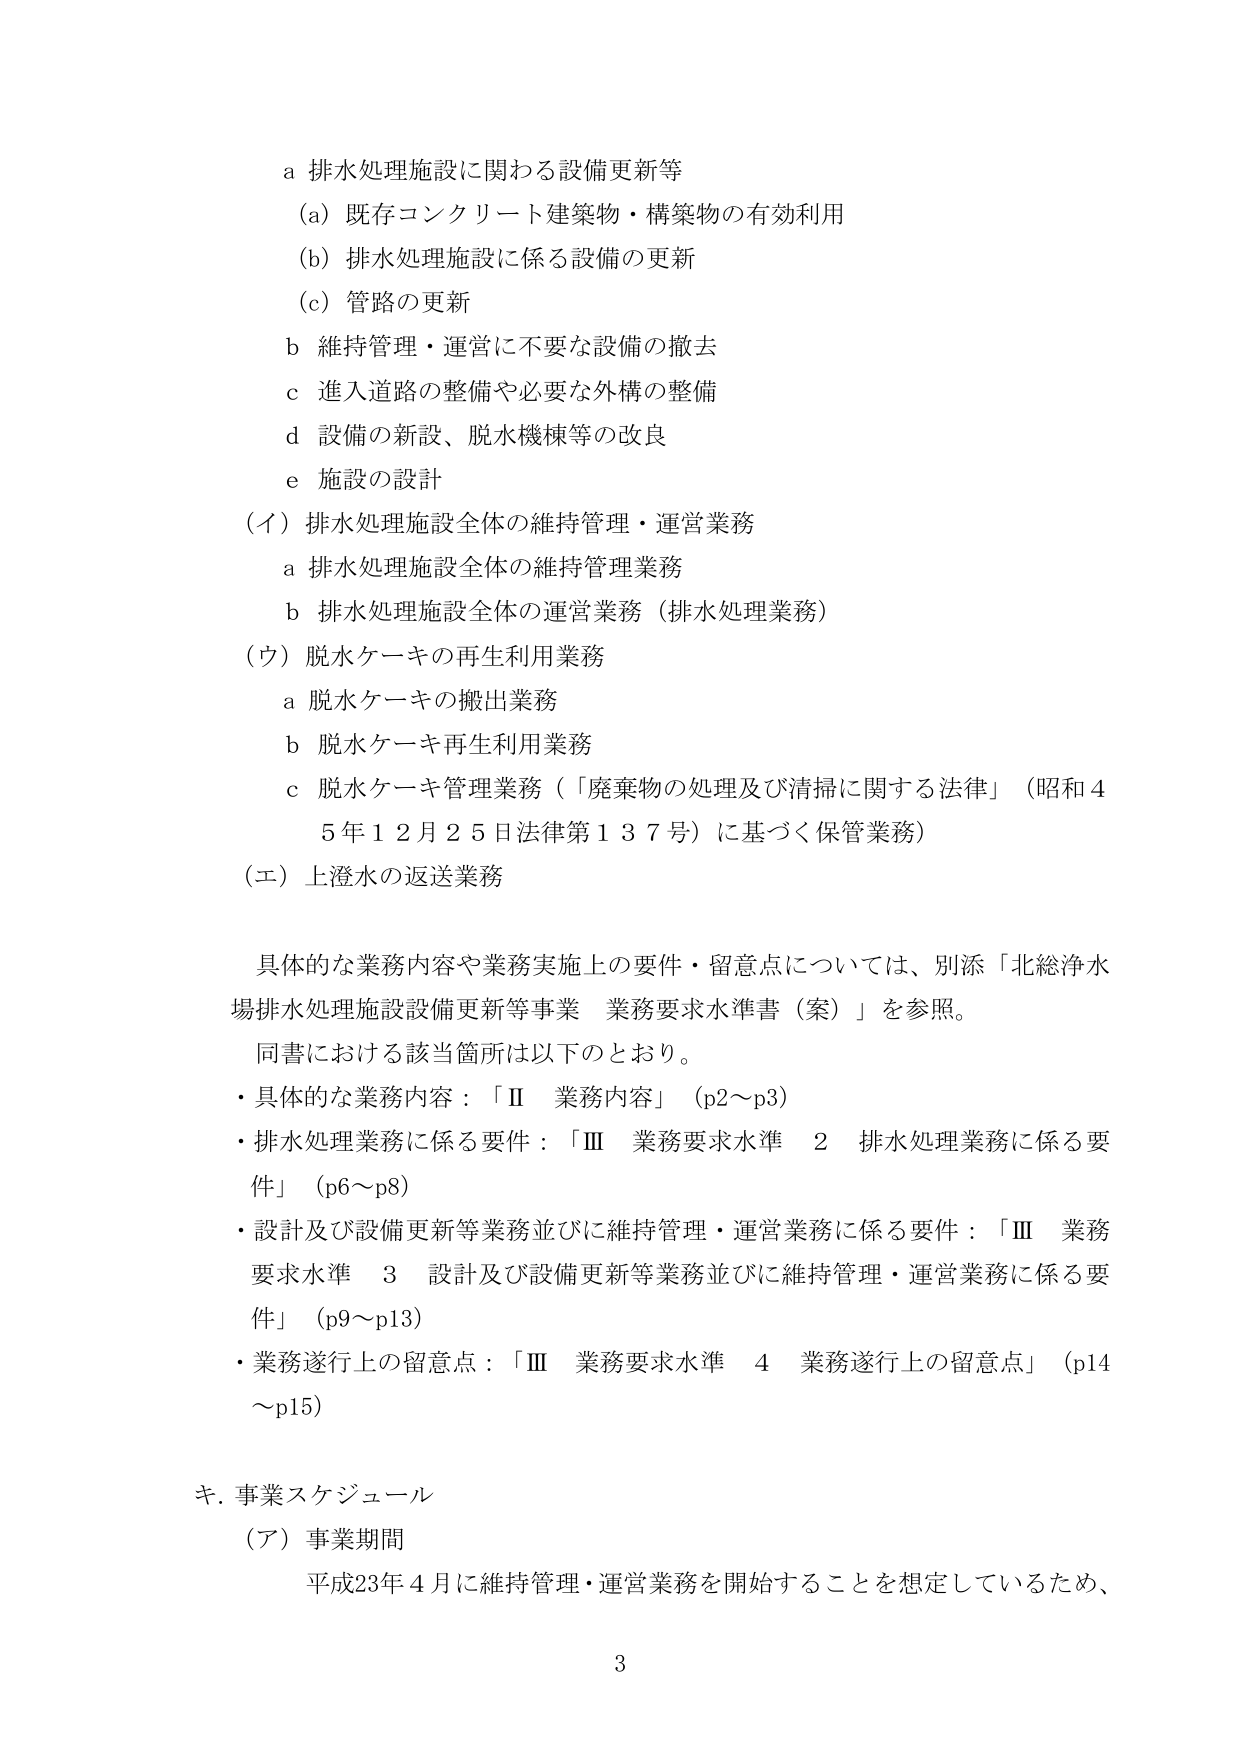
a 排水処理施設に関わる設備更新等
(a) 既存コンクリート建築物・構築物の有効利用
(b) 排水処理施設に係る設備の更新
(c) 管路の更新
b 維持管理・運営に不要な設備の撤去
c 進入道路の整備や必要な外構の整備
d 設備の新設、脱水機棟等の改良
e 施設の設計
(イ) 排水処理施設全体の維持管理・運営業務
　a 排水処理施設全体の維持管理業務
　b 排水処理施設全体の運営業務（排水処理業務）
(ウ) 脱水ケーキの再生利用業務
　a 脱水ケーキの搬出業務
　b 脱水ケーキ再生利用業務
　c 脱水ケーキ管理業務（「廃棄物の処理及び清掃に関する法律」（昭和45年12月25日法律第137号）に基づく保管業務）
(エ) 上澄水の返送業務

具体的な業務内容や業務実施上の要件・留意点については、別添「北総浄水場排水処理施設設備更新等事業 業務要求水準書（案）」を参照。
同書における該当箇所は以下のとおり。
・具体的な業務内容：「Ⅱ 業務内容」（p2～p3）
・排水処理業務に係る要件：「Ⅲ 業務要求水準 2 排水処理業務に係る要件」（p6～p8）
・設計及び設備更新等業務並びに維持管理・運営業務に係る要件：「Ⅲ 業務要求水準 3 設計及び設備更新等業務並びに維持管理・運営業務に係る要件」（p9～p13）
・業務遂行上の留意点：「Ⅲ 業務要求水準 4 業務遂行上の留意点」（p14～p15）

キ. 事業スケジュール
（ア）事業期間
　平成23年4月に維持管理・運営業務を開始することを想定しているため、

3